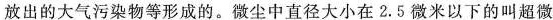
放出的大气污染物等形成的。微尘中直径大小在2.5微米以下的叫超微